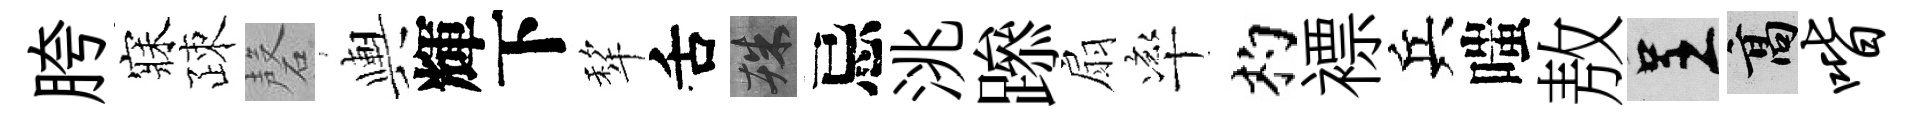
胯寐疎磬輿輝下犂舌殊忌洮𨅶扇率杓褾兵嗤敖呈高喈